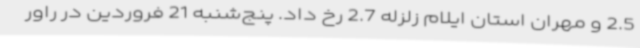
2.5 و مهران استان ایلام زلزله 2.7 رخ داد. پنج‌شنبه 21 فروردین در راور